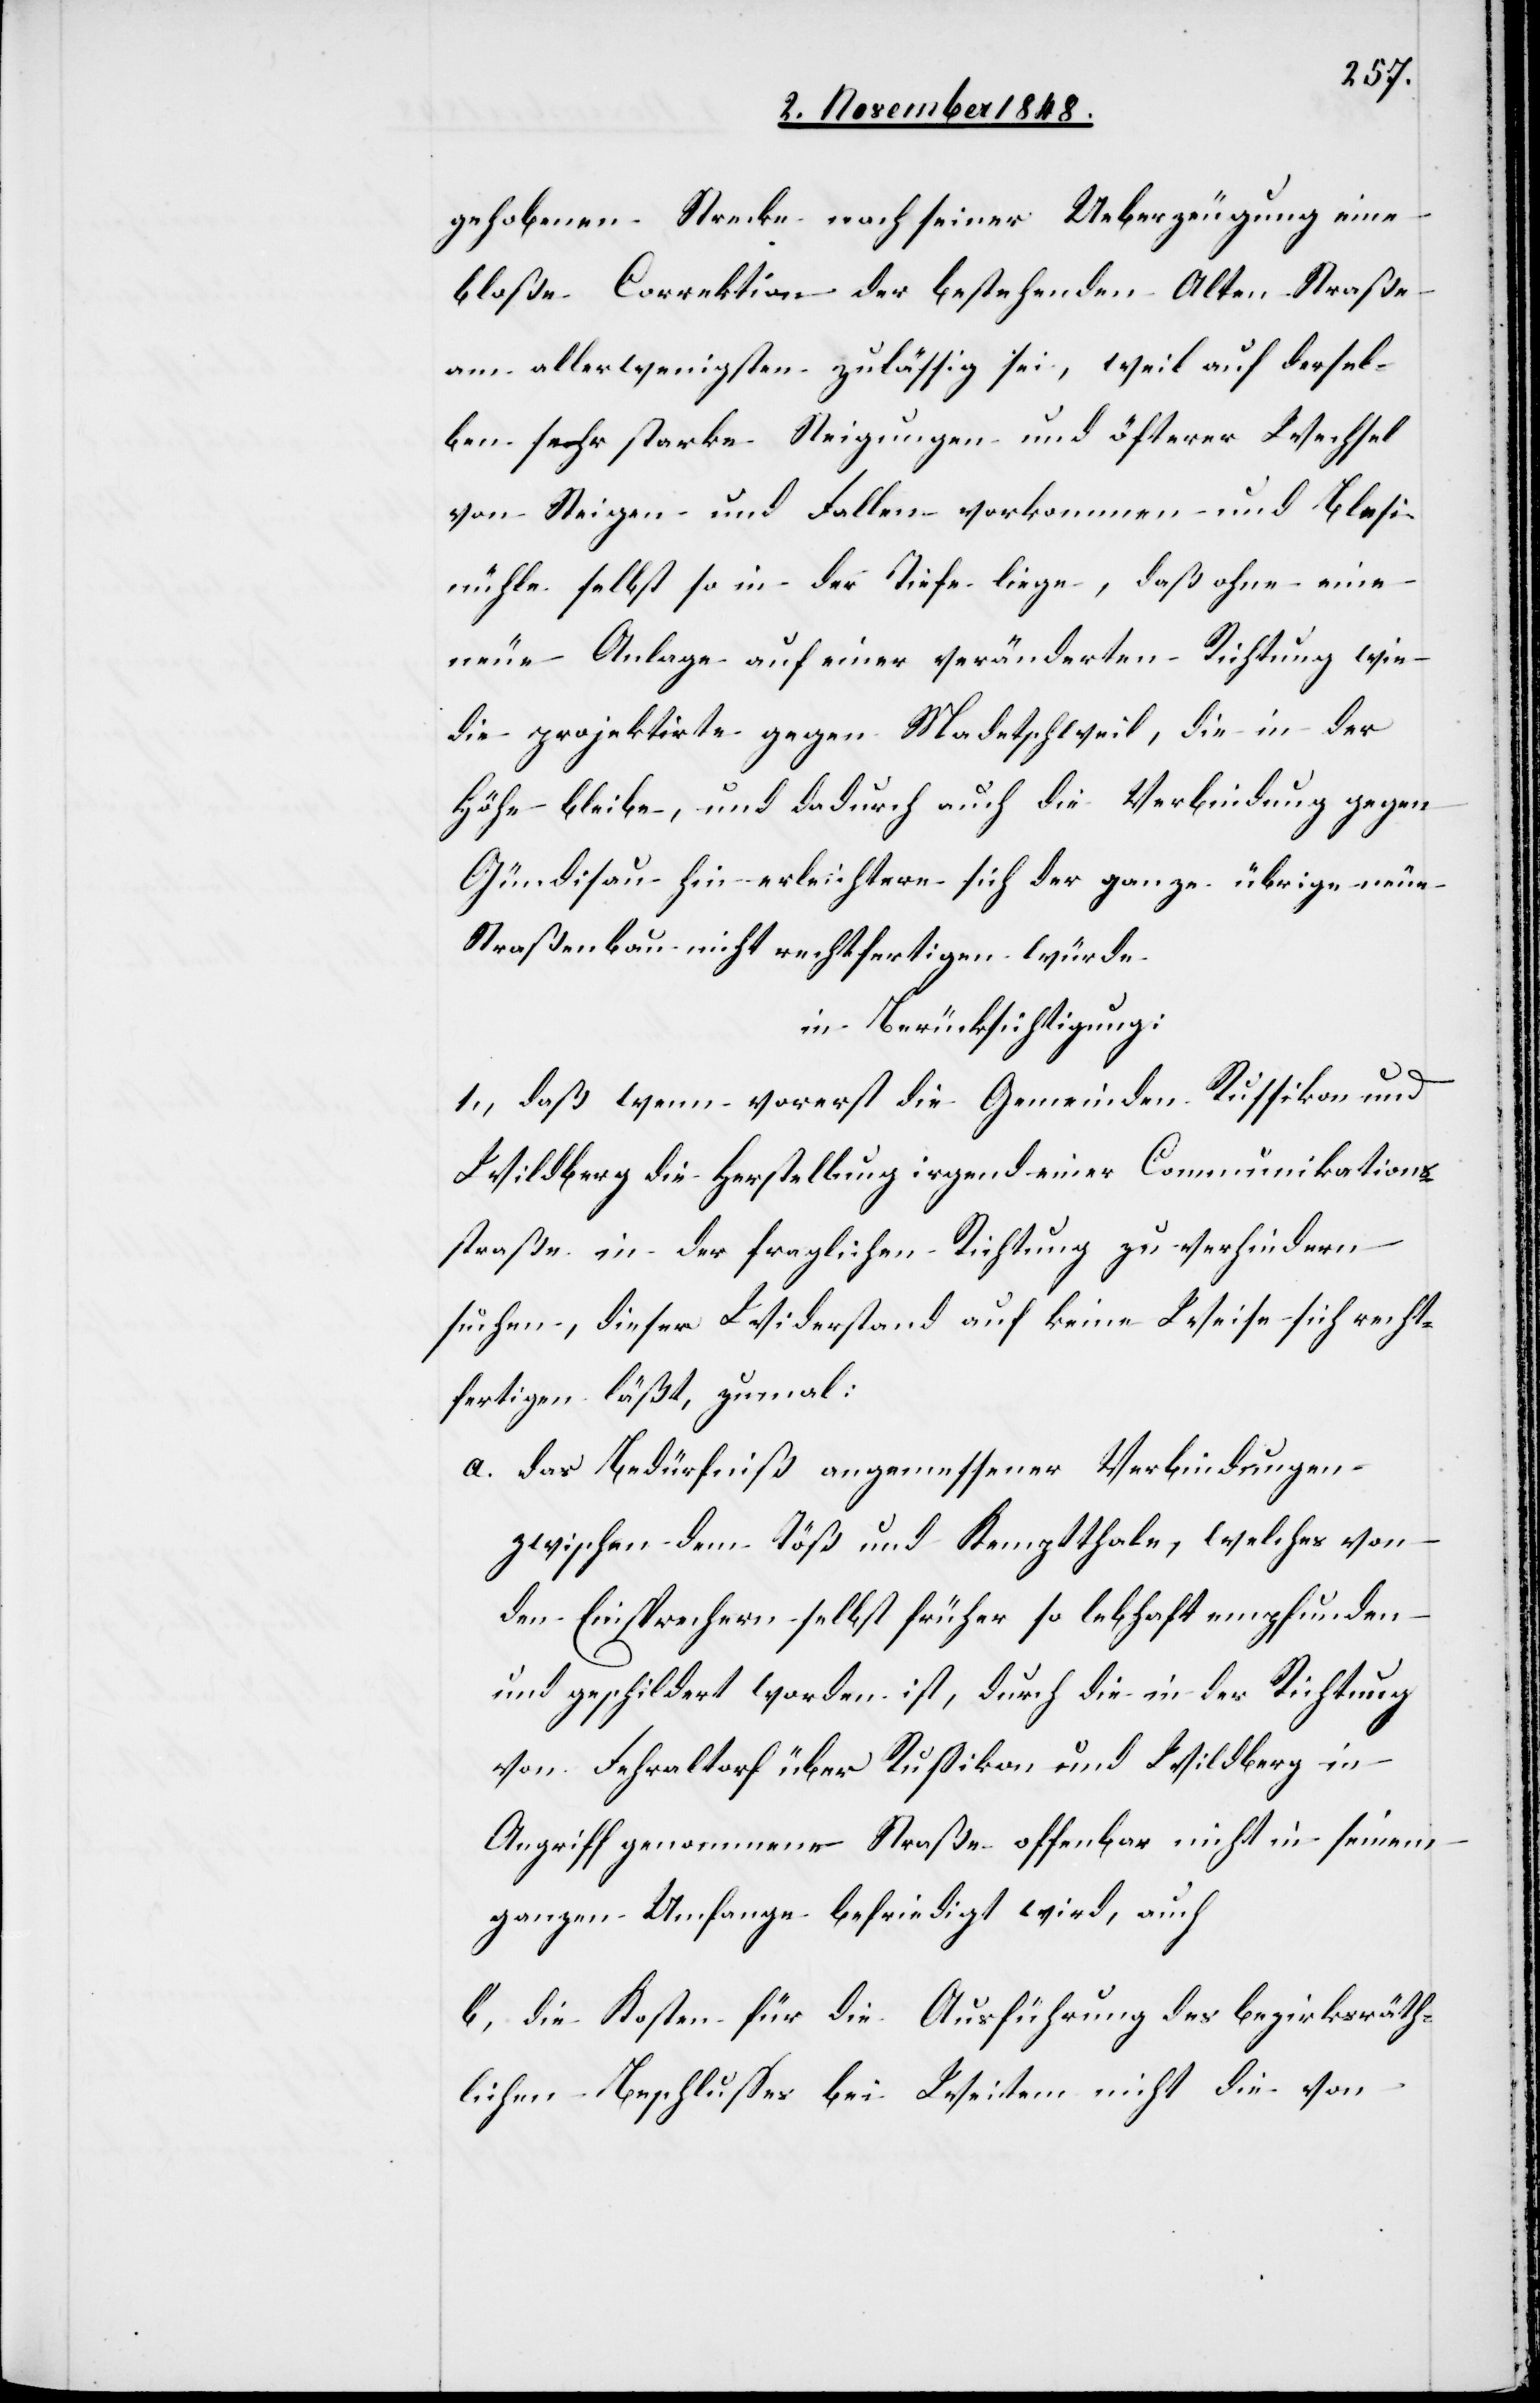
gehobenen Strecke nach seiner Ueberzeugung eine
bloße Correktion der bestehenden Alten Straße
am allerwenigstens zulässig sei, weil auf dersel¬
ben sehr starke Steigungen und öfterer Wechsel
von Steigen und Fallen vorkommen und Blesi¬
mühle selbst so in der Tiefe liege, daß ohne eine
neue Anlage auf einer veränderten Richtung wie
die projektirte gegen Madetschweil, die in der
Höhe bleibe, und dadurch auch die Verbindung gegen
Gündisau hin erleichtere sich der ganze übrige neue
Straßenbau nicht rechtfertigen würde
in Berücksichtigung:
1., daß wenn vorerst die Gemeinden Russikon und
Wildberg die Herstellung irgend einer Communikations¬
straße in der fraglichen Richtung zu verhindern
suchen, dieser Widerstand auf keine Weise sich recht¬
fertigen läßt, zumal:
a. das Bedürfniß angemessener Verbindungen
zwischen dem Töß und Kemptthale, welches von
den Einsprechern selbst früher so lebhaft empfunden
und geschildert worden ist, durch die in der Richtung
von Fehraltorf über Rußikon und Wildberg in
Angriff genommene Straße offenbar nicht in seinem
ganzen Umfange befriedigt wird, auch
b. die Kosten für die Ausführung des bezirksräth¬
lichen Beschlusses bei Weitem nicht die von